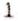
1